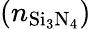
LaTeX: (n_{\mathrm{Si_{3}N_{4}}})